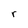
Character: r